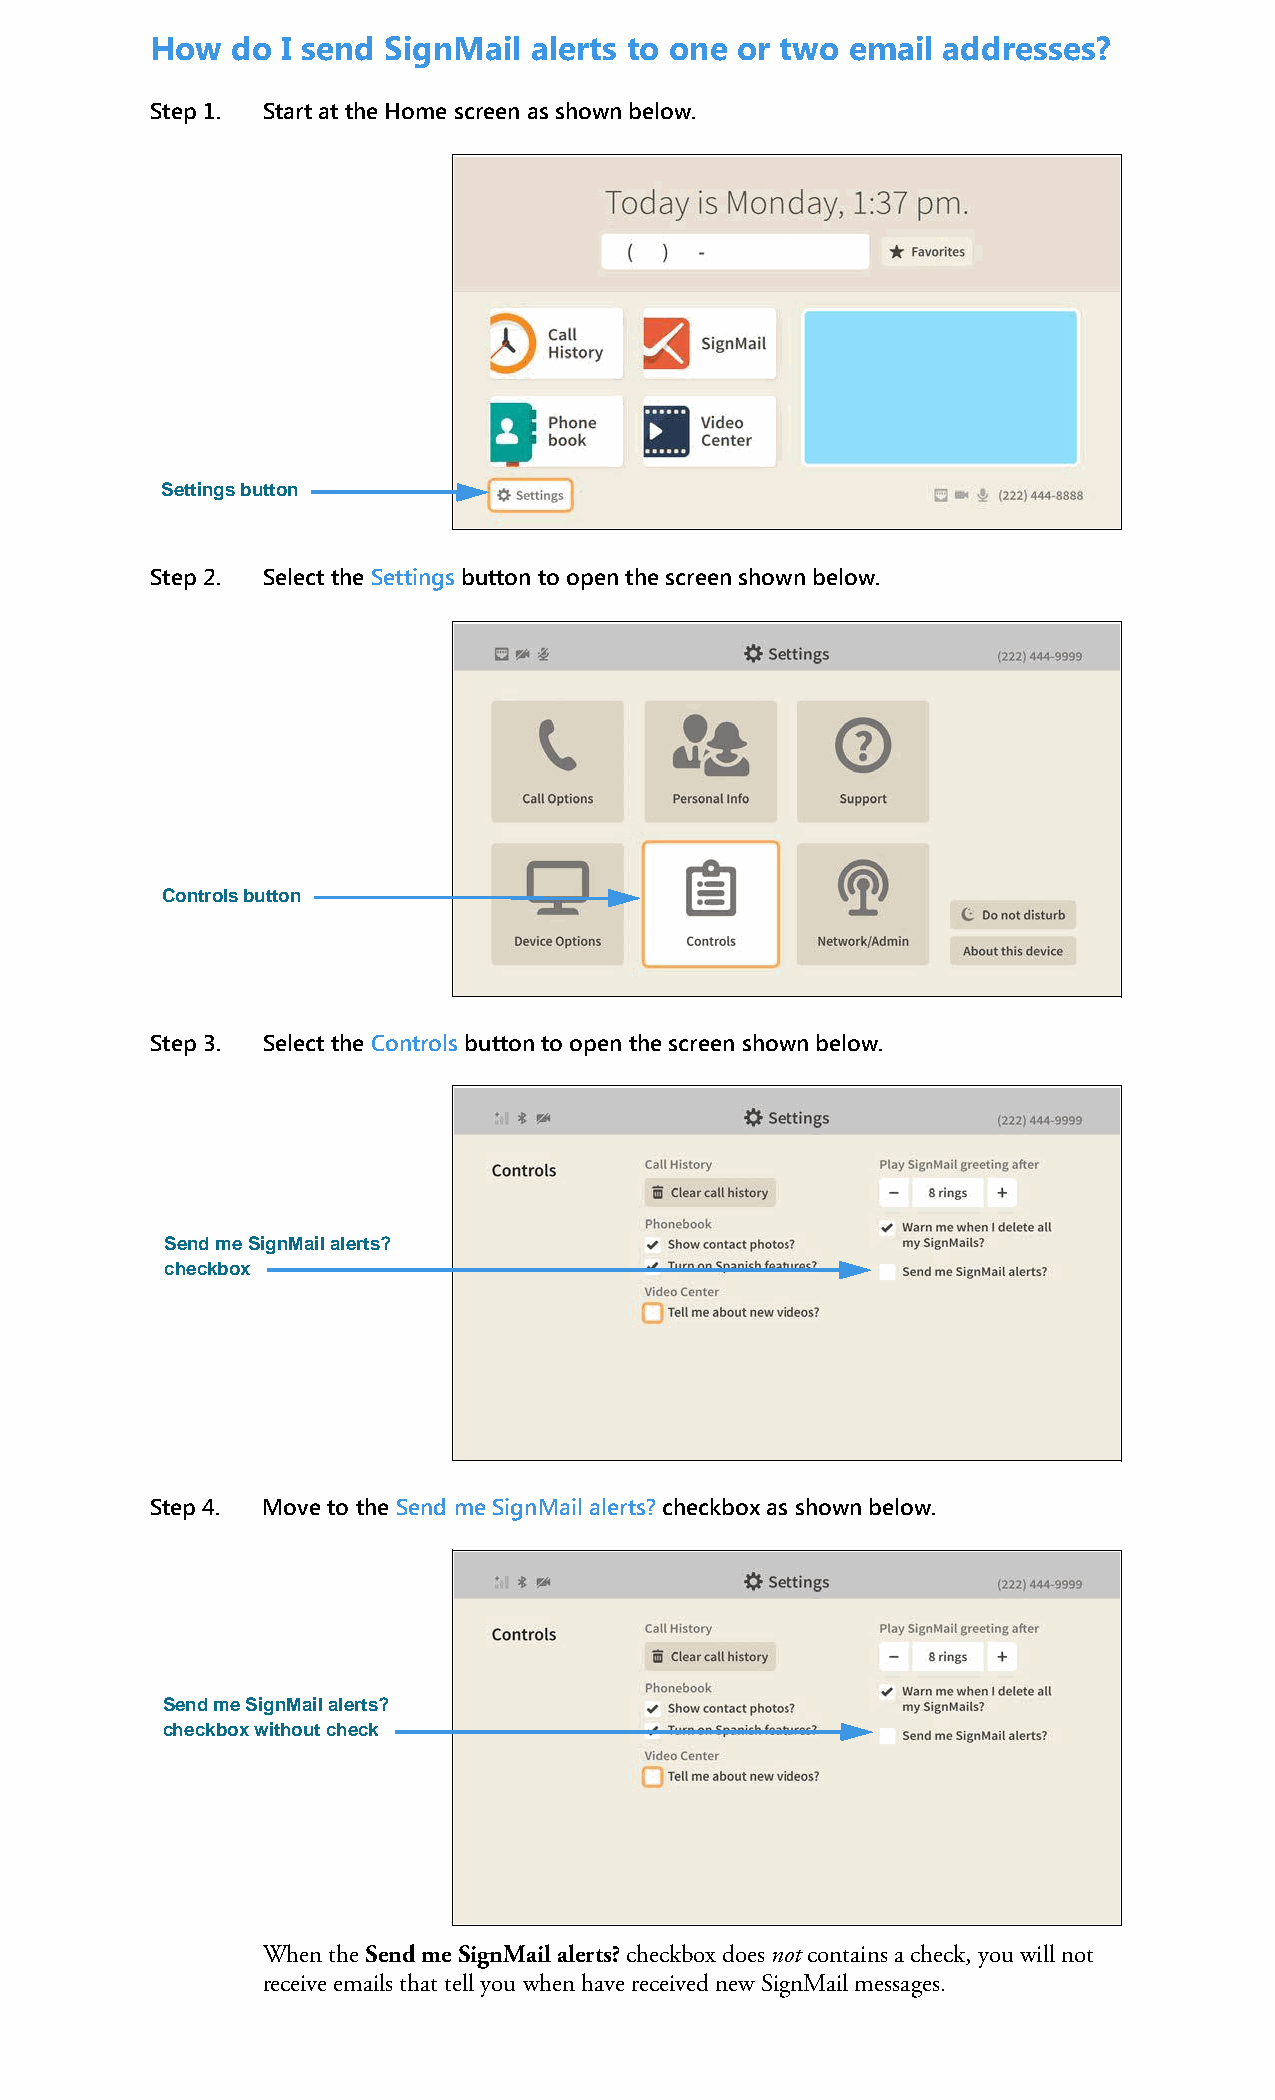
How  do  I send SignMail alerts to one or two email addresses?
 Step 1. Start at the Home screen as shown below.
 Settings button
 Step 2. Select the Settings button to open the screen shown below.
 Controls button
 Step 3. Select the Controls button to open the screen shown below.
 Send me SignMail alerts?
 checkbox
 Step 4. Move to the Send me SignMail alerts? checkbox as shown below.
 Send me SignMail alerts?
 checkbox without check
 When the Send me SignMail alerts? checkbox does not contains a check, you will not
 receive emails that tell you when have received new SignMail messages.